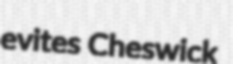
evites Cheswick